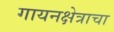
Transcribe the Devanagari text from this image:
गायनक्षेत्राचा